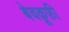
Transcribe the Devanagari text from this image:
बेवक़ूफ़ी